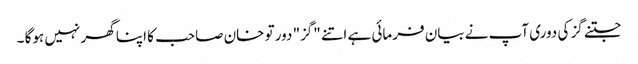
جتنے گز کی دوری آپ نے بیان فرمائی ہے اتنے "گز" دور تو خان صاحب کا اپنا گھر نہیں ہوگا ۔